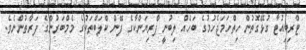
ޓްރިބިއުޓާ ގުޅޭގޮތުން ހިތްހަމަޖެހުމުގެ ބަހެއް ލިބުނީ ޕްރިޔަންކާގެ ފޭން ކްލަބްތަކުގެ މެމްބަރުންގެ ފަރާތުންނެވެ.